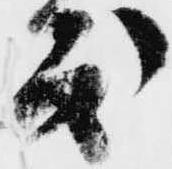
度